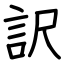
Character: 訳